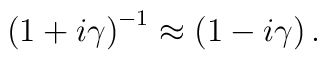
\left( 1+i\gamma \right) ^{-1}\approx\left( 1-i\gamma \right).